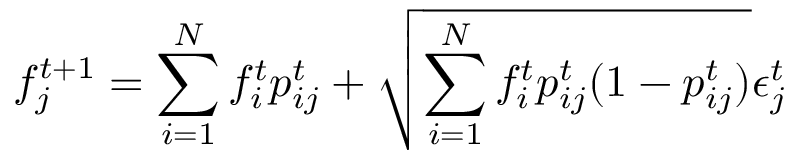
f _ { j } ^ { t + 1 } = \sum _ { i = 1 } ^ { N } f _ { i } ^ { t } { p } _ { i j } ^ { t } + \sqrt { \sum _ { i = 1 } ^ { N } f _ { i } ^ { t } { p } _ { i j } ^ { t } ( 1 - { p } _ { i j } ^ { t } ) } \epsilon _ { j } ^ { t }